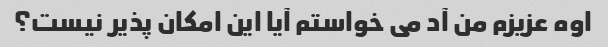
اوه عزیزم من آد می خواستم آیا این امکان پذیر نیست؟